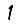
Digit: 1